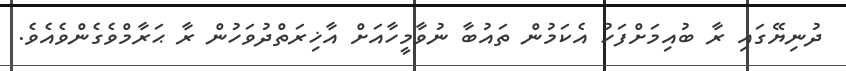
ދުނިޔޭގައި ރާ ބުއިމަށްފަހު އެކަމުން ތައުބާ ނުވާމީހާއަށް އާޚިރަތްދުވަހުން ރާ ޙަރާމްވެގެންވެއެވެ.